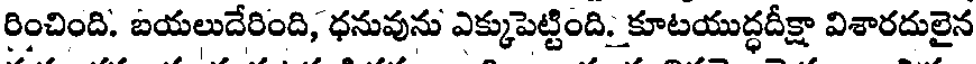
రించింది. బయలుదేరింది, ధనువును ఎక్కుపెట్టింది. కూటయుద్ధదీక్షా విశారదులైన